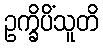
ဥက္ခိပိံသူတိ